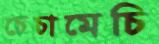
চেচামেচি